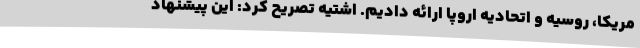
مریکا، روسیه و اتحادیه اروپا ارائه دادیم. اشتیه تصریح کرد: این پیشنهاد